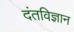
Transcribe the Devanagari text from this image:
दंतविज्ञान